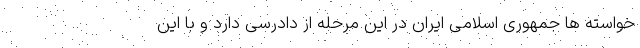
خواسته ها جمهوری اسلامی ایران در این مرحله از دادرسی دارد و با این